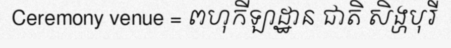
Ceremony venue = ពហុកីឡាដ្ឋាន ជាតិ សិង្ហបុរី